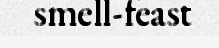
smell-feast